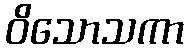
ဝိသောသကာ